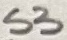
Text: S3